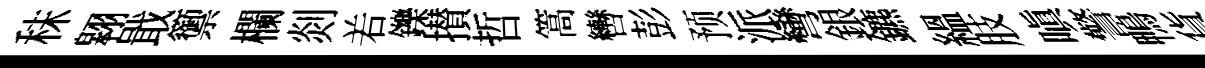
秣翱戢籞欄剡𠰥鑠攅哲篙轡彭预派彎銀鑣緼肢嗔警鴨貨